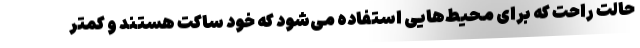
حالت راحت که برای محیط‌هایی استفاده می‌شود که خود ساکت هستند و کمتر